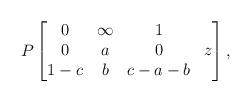
LaTeX: \begin{align*}P\begin{bmatrix} 0 & \infty & 1 &\\ 0 & a & 0 & z\\ 1-c & b & c-a-b & \end{bmatrix},\end{align*}